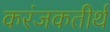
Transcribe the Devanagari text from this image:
करंजकतीर्थ